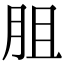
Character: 䏣